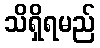
သိရှိရမည်